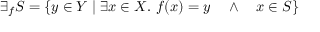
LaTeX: \exists _ { f } S = \{ y \in Y \; | \; \exists x \in X . \ f ( x ) = y \quad \land \quad x \in S \}